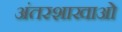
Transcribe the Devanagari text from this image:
अंतरशाखाओं